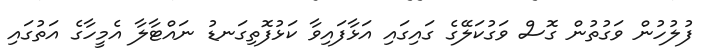
ފުލުހުން ވަގުތުން ގޮސް ވަގުކަލޭގެ ގައިގައި އަޅާފައިވާ ކަޅުފޮތިގަނޑު ނައްޓާލާ އެމީހާގެ އަތުގައިި